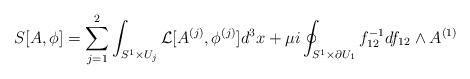
LaTeX: \begin{align*}S[A,\phi]=\sum_{j=1}^{2} \int_{S^{1}\times U_{j}} {\cal L}[A^{(j)}, \phi^{(j)}] d^{3}x+\mu i\oint_{S^{1}\times \partial U_{1}}f_{12}^{-1}df_{12}\wedge A^{(1)}\end{align*}